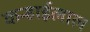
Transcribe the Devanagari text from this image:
कन्हाईलाल